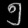
Digit: ၅